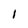
Character: 1